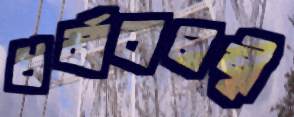
ধর্মাবালম্বী